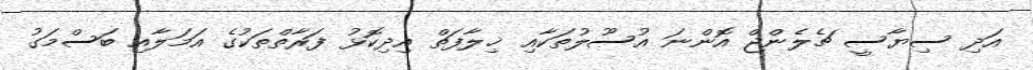
އަދި ސިޔާސީ ޗެލެންޖް އޮންނަ އުސޫލުތަކާއި ޚިލާފަތް އިދިކޮޅު ފަރާތްތަކުގެ އަމަލާއި ބަސްމަގު